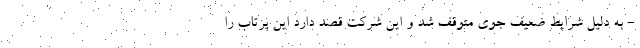
- به دلیل شرایط ضعیف جوی متوقف شد و این شرکت قصد دارد این پرتاب را